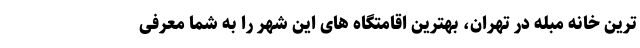
ترین خانه مبله در تهران، بهترین اقامتگاه های این شهر را به شما معرفی